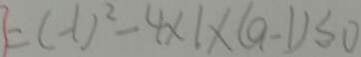
= ( - 1 ) ^ { 2 } - 4 \times 1 \times ( a - 1 ) \leq 0